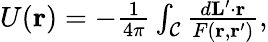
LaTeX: \begin{array}{r}{U(\mathbf{r})=-\frac{1}{4\pi}\int_{\mathcal{C}}\frac{d\mathbf{L}^{\prime}\cdot\mathbf{r}}{F(\mathbf{r},\mathbf{r}^{\prime})},}\end{array}